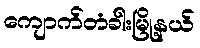
ကျောက်တံခါးမြို့နယ်